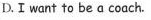
D.Ⅰ want to be a coach.